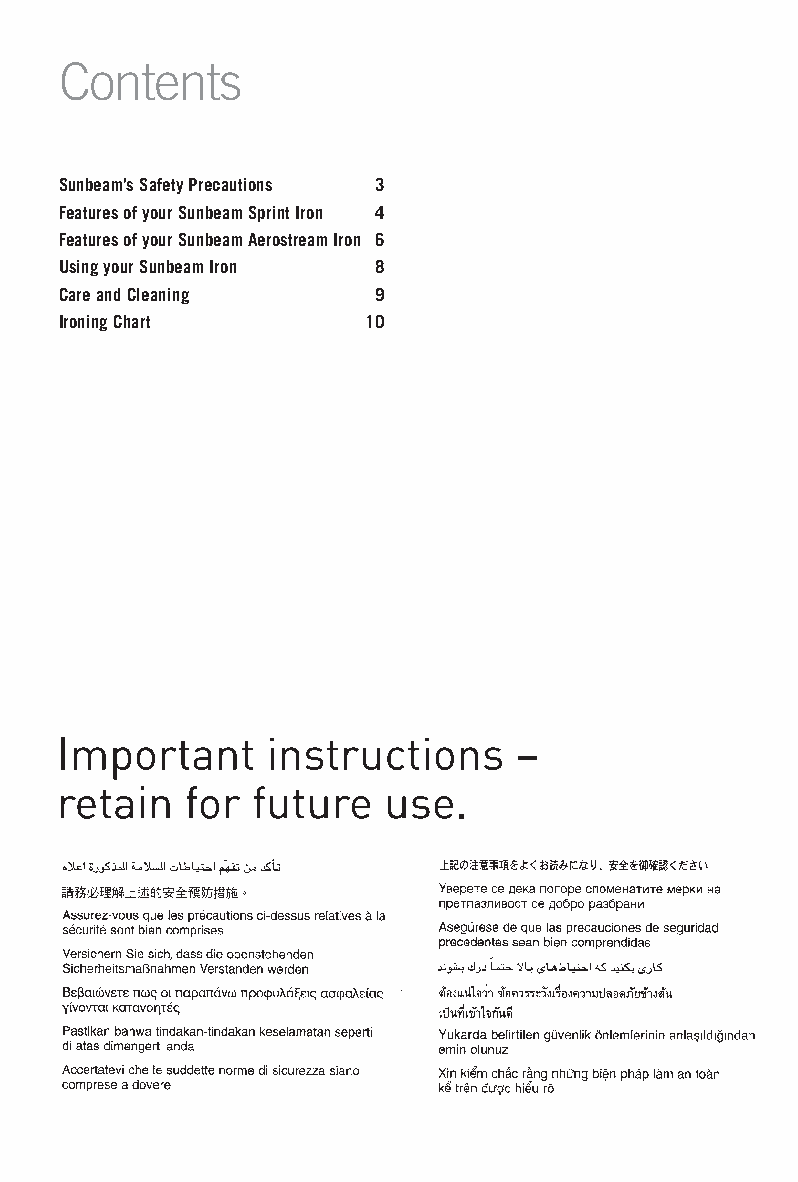
Contents
 Sunbeam’s Safety Precautions 3
 Features of your Sunbeam Sprint Iron 4
 Features of your Sunbeam Aerostream Iron 6
 Using your Sunbeam Iron 8
 Care and Cleaning    9
 Ironing Chart       10